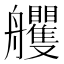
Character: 𦫇